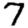
Digit: 7